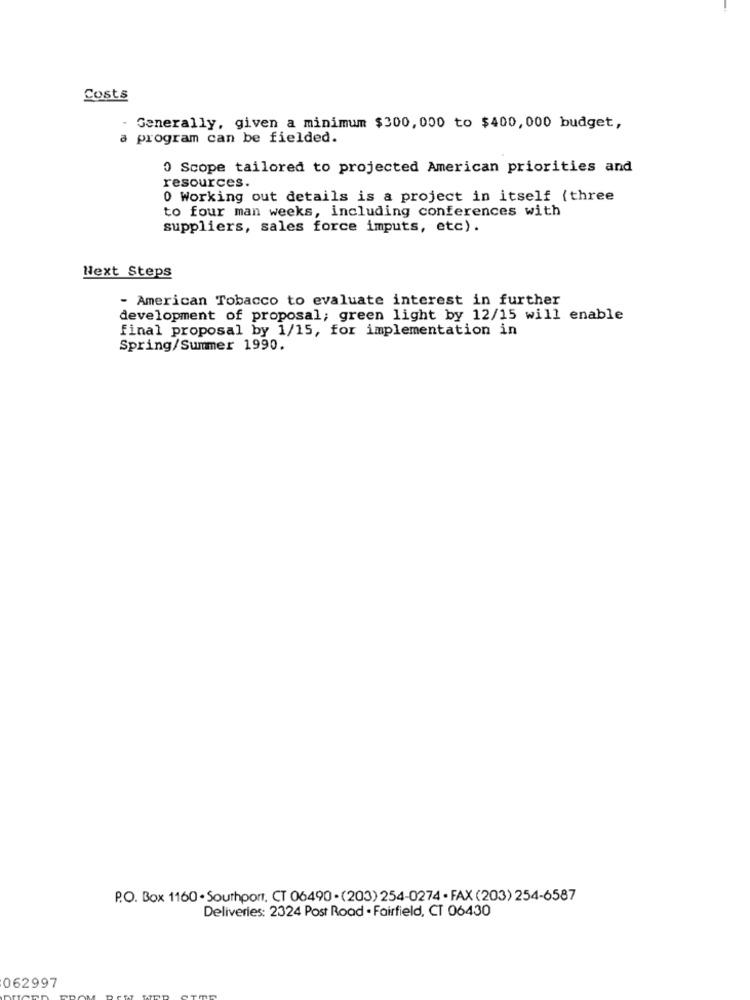
Costs
Generally, given a minimum $300, 000 to $400, 000 budget,
a program can be fielded.
0 Scope tailored to projected American priorities and
resources.
0 Working out details is a project in itself (three
to four man weeks, including conferences with
suppliers, sales force imputs, etc).
Next Steps
- American Tobacco to evaluate interest in further
development of proposal; green light by 12/15 will enable
final proposal by 1/15, for implementation in
Spring/Summer 1990.
P.O. Box 1160 . Southport, CT 06490 -(203) 254-0274 - FAX (203) 254-6587
Deliveries: 2324 Post Road . Fairfield, CT 06430
062997